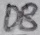
Text: D8